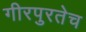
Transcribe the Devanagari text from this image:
गीरपुरतेच